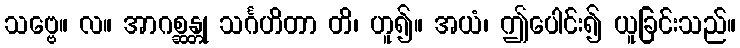
သဗ္ဗေ။ လ။ အာဂစ္ဆန္တု သင်္ဂဟိတာ တိ၊ ဟူ၍။ အယံ၊ ဤပေါင်း၍ ယူခြင်းသည်။